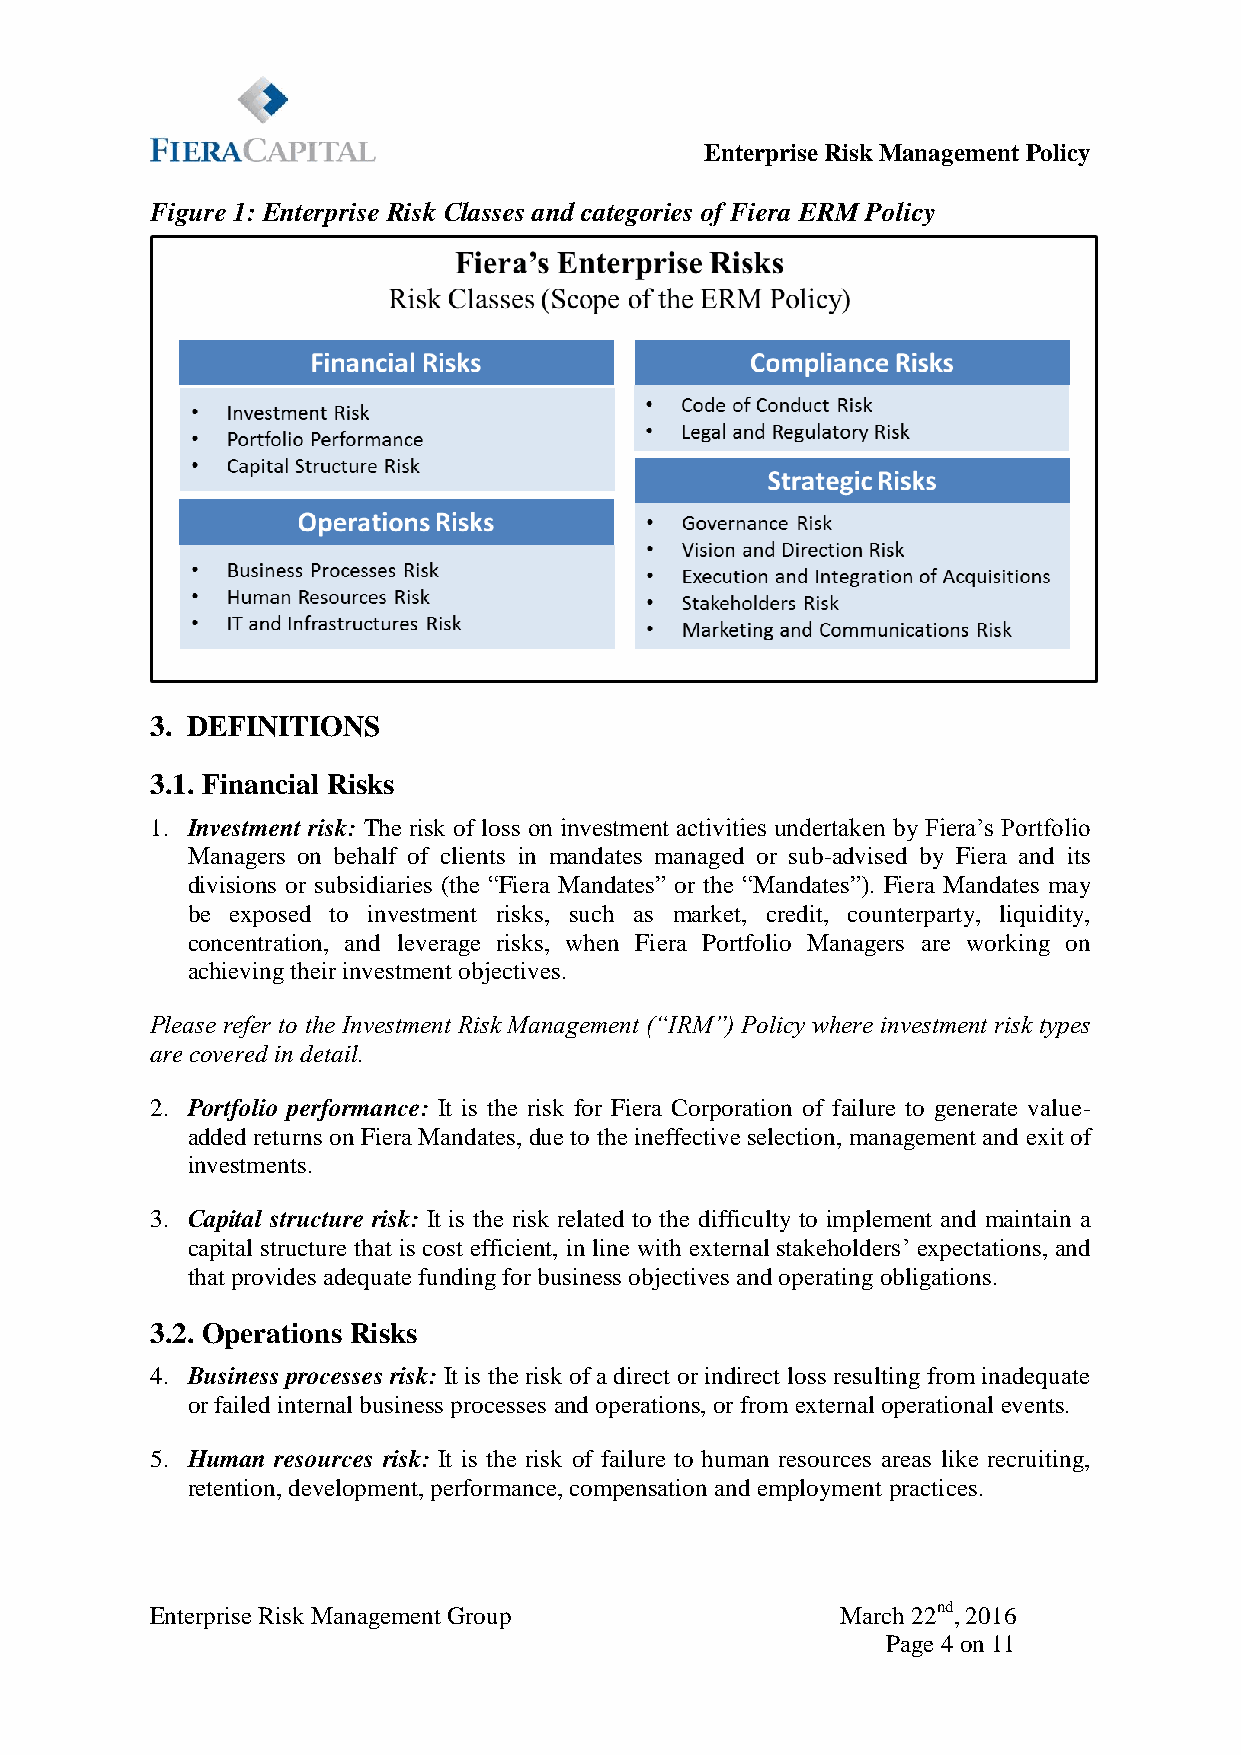
Enterprise Risk Management Policy
 Figure 1: Enterprise Risk Classes and categories of Fiera ERM Policy
 3. DEFINITIONS
 3.1. Financial Risks
 1. Investment risk: The risk of loss on investment activities undertaken by Fiera’s Portfolio
 Managers on behalf of clients in mandates managed or sub-advised by Fiera and its
 divisions or subsidiaries (the “Fiera Mandates” or the “Mandates”). Fiera Mandates may
 be exposed to investment risks, such as market, credit, counterparty, liquidity,
 concentration, and leverage risks, when Fiera Portfolio Managers are working on
 achieving their investment objectives.
 Please refer to the Investment Risk Management (“IRM”) Policy where investment risk types
 are covered in detail.
 2. Portfolio performance: It is the risk for Fiera Corporation of failure to generate value-
 added returns on Fiera Mandates, due to the ineffective selection, management and exit of
 investments.
 3. Capital structure risk: It is the risk related to the difficulty to implement and maintain a
 capital structure that is cost efficient, in line with external stakeholders’ expectations, and
 that provides adequate funding for business objectives and operating obligations.
 3.2. Operations Risks
 4. Business processes risk: It is the risk of a direct or indirect loss resulting from inadequate
 or failed internal business processes and operations, or from external operational events.
 5. Human resources risk: It is the risk of failure to human resources areas like recruiting,
 retention, development, performance, compensation and employment practices.
 Enterprise Risk Management Group              March 22nd, 2016
 Page 4 on 11